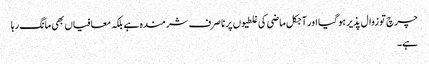
چرچ تو زوال پذیر ہو گیا اور آجکل ماضی کی غلطیوں پر نا صرف شرمندہ ہے بلکہ معافیاں بھی مانگ رہا
ہے۔